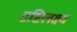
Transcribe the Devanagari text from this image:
दृष्टिलक्ष्य